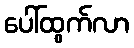
ပေါ်ထွက်လာ